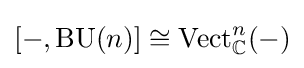
[-,\operatorname {BU} (n)]\cong \operatorname {Vect} _{\mathbb {C} }^{n}(-)